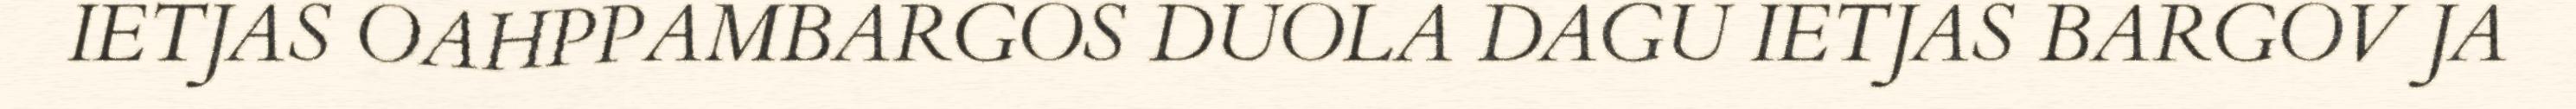
IETJAS OAHPPAMBARGOS DUOLA DAGU IETJAS BARGOV JA